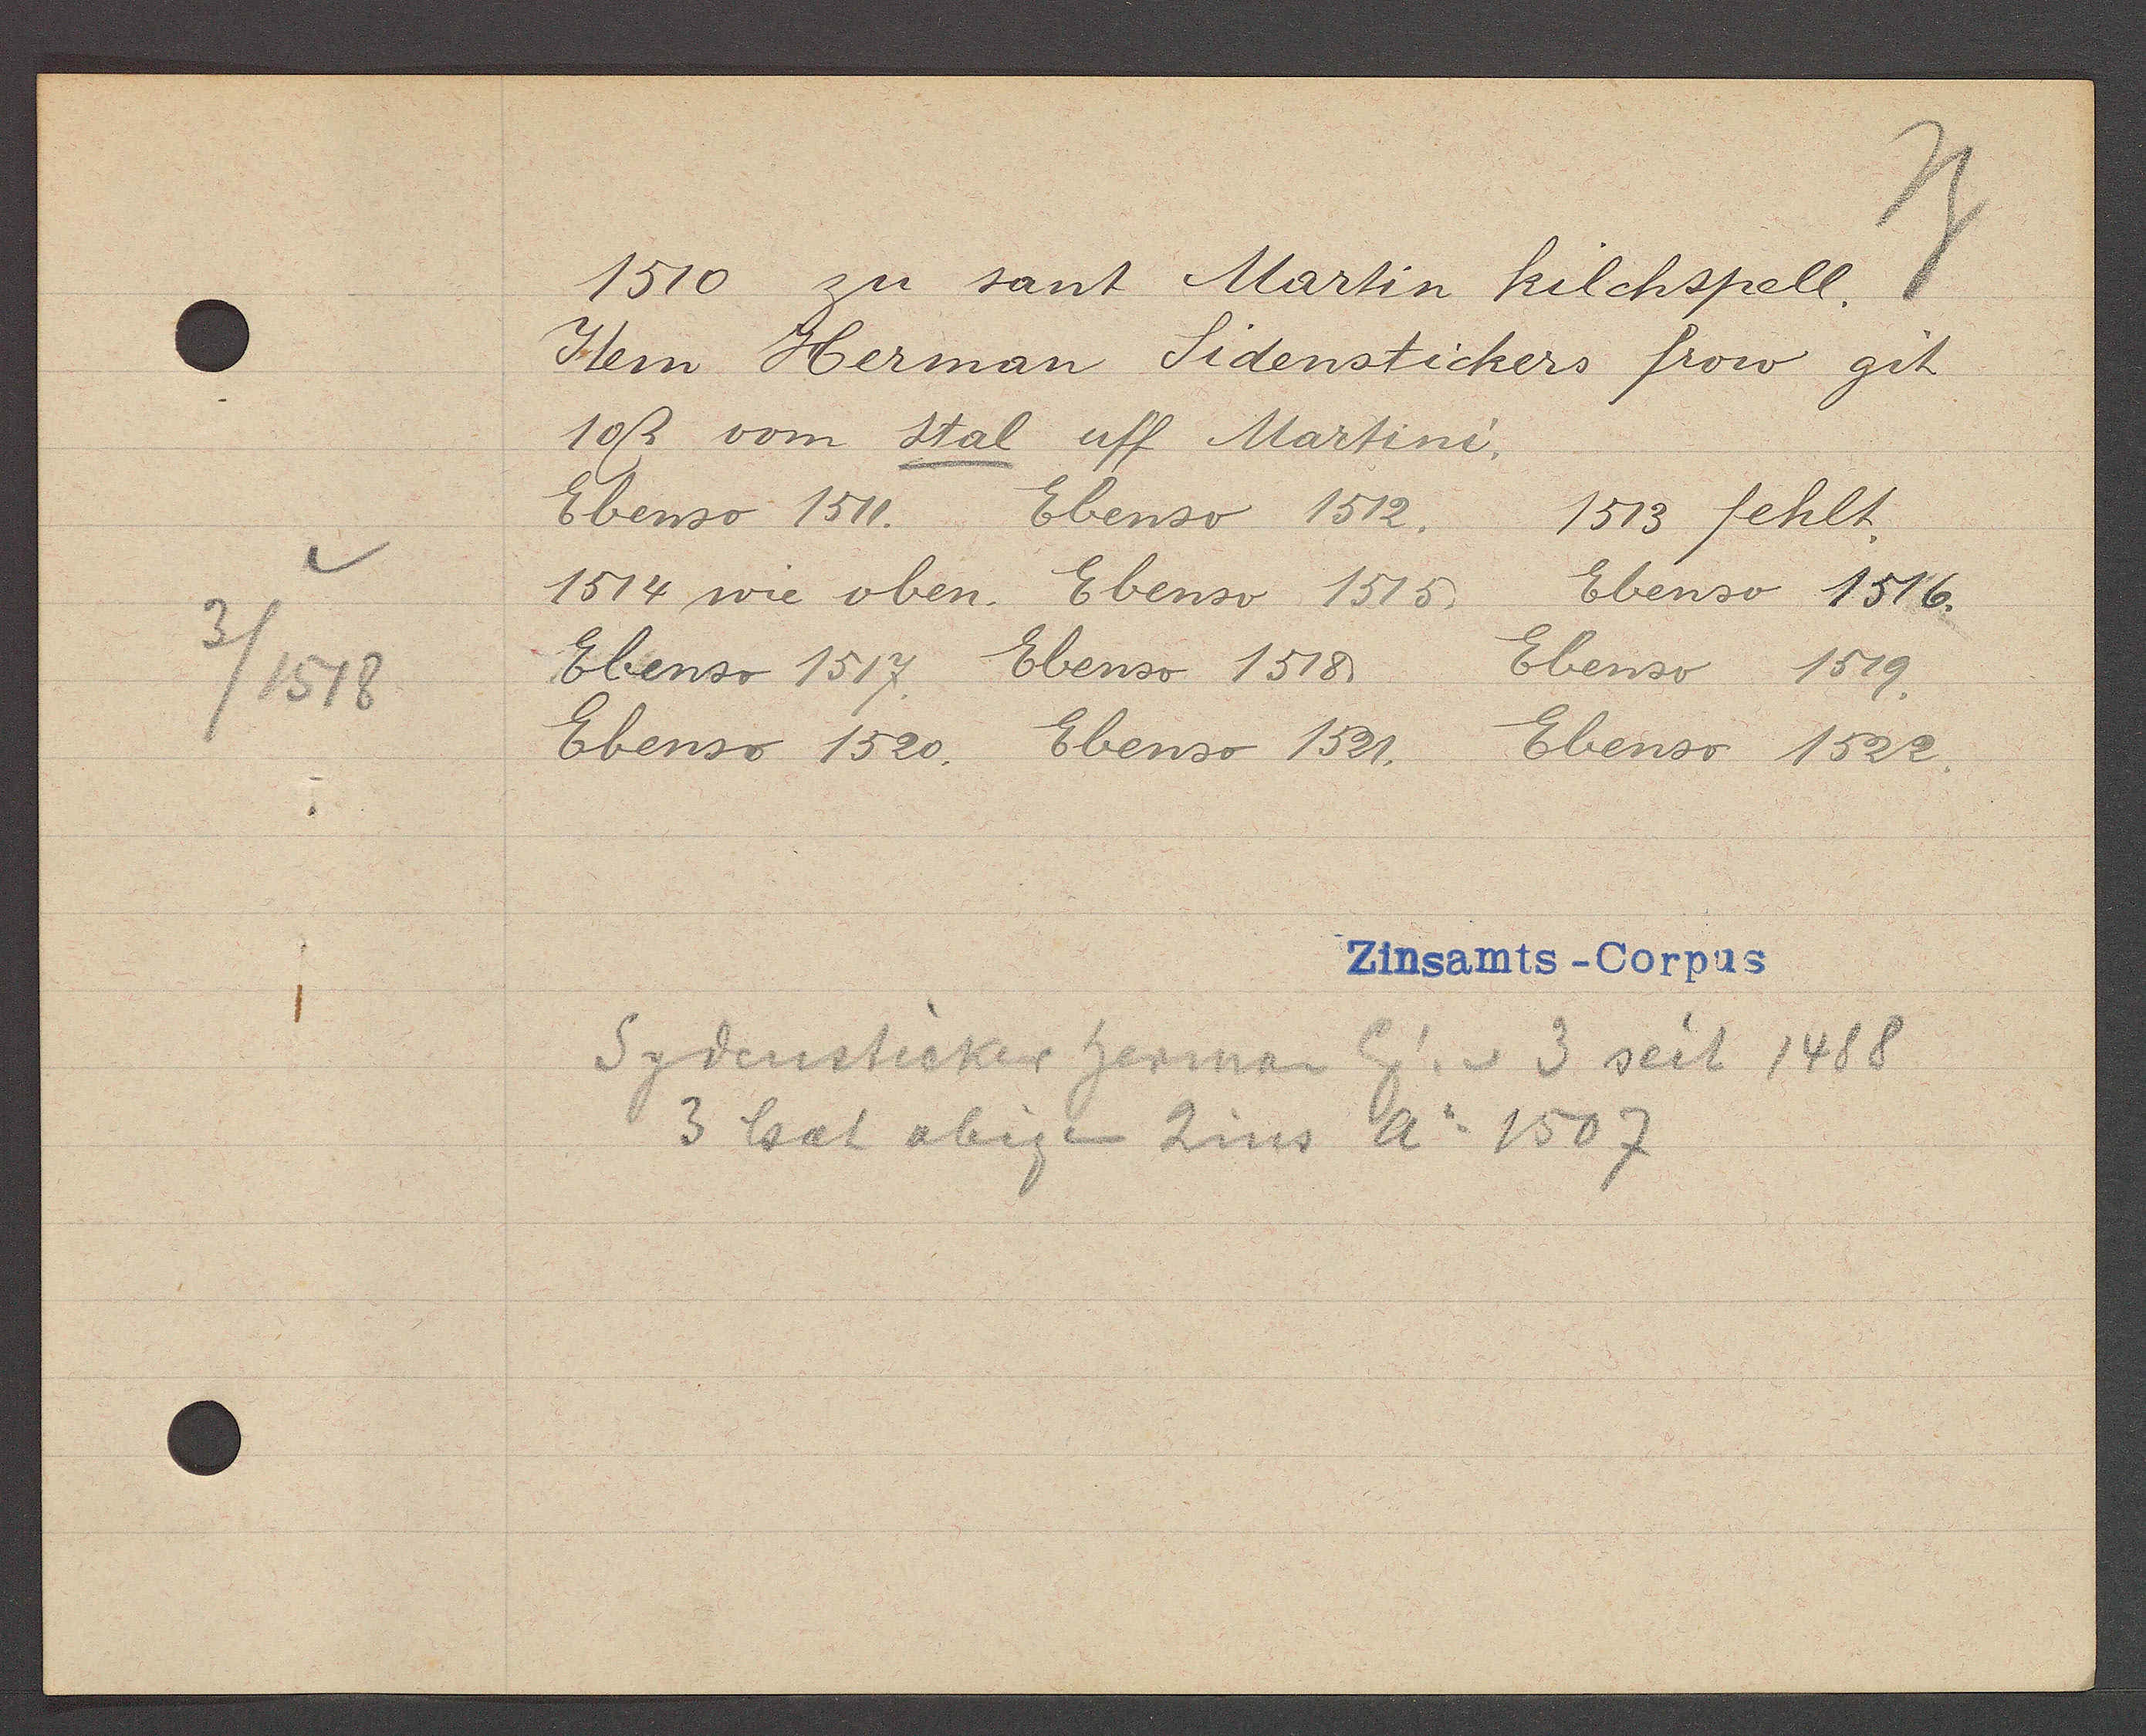
Transcript:
3/1518

1510 zu sant Martin kilchspell
Item Herman Sidenstickers frow git
10 ß vom stal uff Martini.
Ebenso 1511. Ebenso 1512. 1513 fehlt.
1514 wie oben. Ebenso 1515. Ebenso 1516.
Ebenso 1517. Ebenso 1518. Ebenso 1519.
Ebenso 1520. Ebenso 1521. Ebenso 1522.
Sydensticker herman Eg. v. 3 seit 1488
3 hat obigen Zins Ao 1507